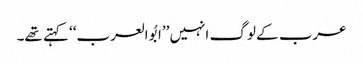
عرب کے لوگ انہیں ’’ابُو العرب‘‘ کہتے تھے۔